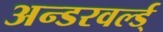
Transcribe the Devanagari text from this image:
अन्डरवर्ल्ड्